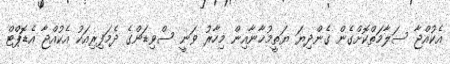
އެކުއްޖާ ސަލާމަތްކޮށްގެން ގެންދިޔަ ޔަތީމުޚާނާއިން މިހާރު ވަނީ ސްވިޑަންގެ ދެމަފިރިއަކު އެކުއްޖާ އެޑޮޕްޓް